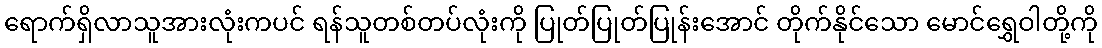
ရောက်ရှိလာသူအားလုံးကပင် ရန်သူတစ်တပ်လုံးကို ပြုတ်ပြုတ်ပြုန်းအောင် တိုက်နိုင်သော မောင်ရွှေဝါတို့ကို